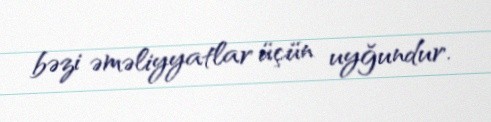
bəzi əməliyyatlar üçün uyğundur.